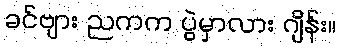
ခင်ဗျား ညကက ပွဲမှာလား ဂျိန်း။